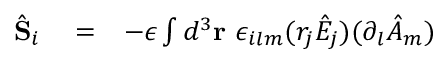
\begin{array} { r l r } { \hat { \bf S } _ { i } } & { { } = } & { - \epsilon \int d ^ { 3 } { \bf r } \ \epsilon _ { i l m } ( r _ { j } \hat { E } _ { j } ) ( \partial _ { l } \hat { A } _ { m } ) } \end{array}